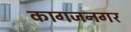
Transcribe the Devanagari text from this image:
कागजनगर